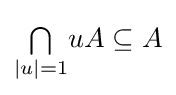
{\textstyle \bigcap \limits _{|u|=1}}uA\subseteq A